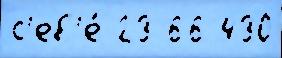
с'еб'е́ 23 66 430